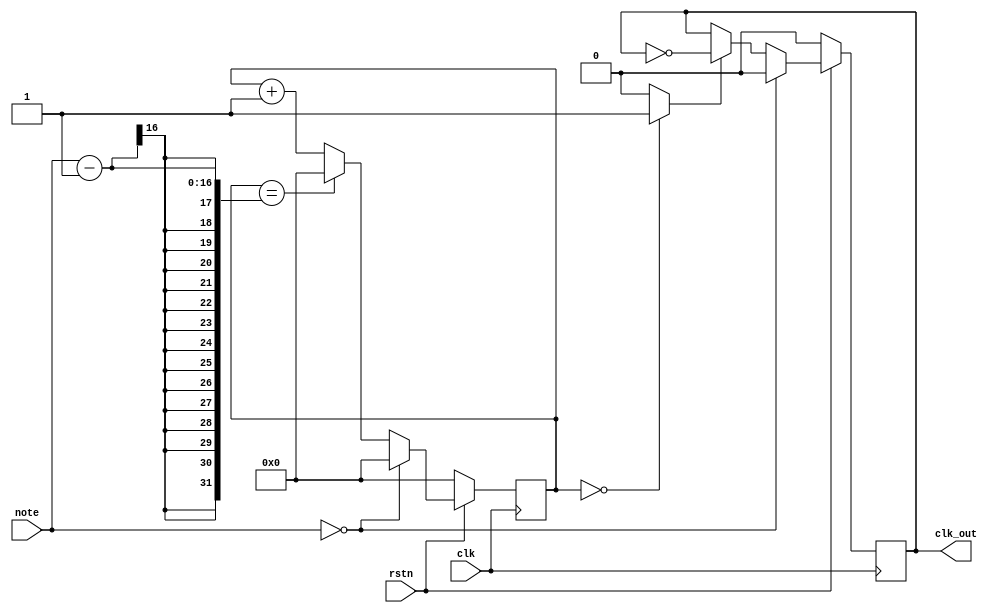
module notegen(input wire clk,          //-- Senal de reloj global
               input wire rstn,         //-- Reset
               input wire [15:0] note,  //-- Divisor
               output reg clk_out);     //-- Seal de salida

wire clk_tmp;

//-- Registro para implementar el contador modulo note
reg [15:0] divcounter = 0;

//-- Contador mdulo note
always @(posedge clk)

  //-- Reset
  if (rstn == 0)
    divcounter <= 0;      

  //-- Si la nota es 0 no se incrementa contador
  else if (note == 0)
    divcounter <= 0;

  //-- Si se alcanza el tope, poner a 0
  else if (divcounter == note - 1)
    divcounter <= 0;

  //-- Incrementar contador
  else
    divcounter <= divcounter + 1;

//-- Sacar un pulso de anchura 1 ciclo de reloj si el generador
assign clk_tmp = (divcounter == 0) ? 1 : 0;

//-- Divisor de frecuencia entre 2, para obtener como salida una seal
//-- con un ciclo de trabajo del 50%
always @(posedge clk)
  if (rstn == 0)
    clk_out <= 0;

  else if (note == 0)
    clk_out <= 0;

  else if (clk_tmp == 1)
    clk_out <= ~clk_out;
 
endmodule